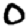
Digit: 0